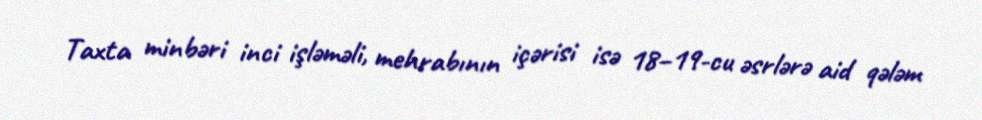
Taxta minbəri inci işləməli, mehrabının içərisi isə 18–19-cu əsrlərə aid qələm